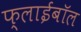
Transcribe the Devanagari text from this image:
फ्लाईबॉल